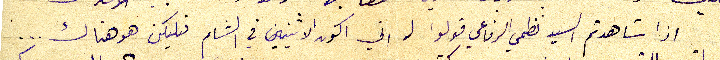
اذا شاهدتم السيد نظمي الرفاعي قولوا له اني اكون الاثنين في الشام فليكن هو هناك...